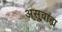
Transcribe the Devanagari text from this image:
असुवाह्य